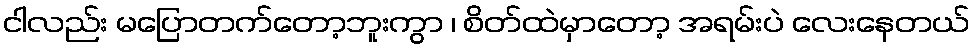
ငါလည်း မပြောတက်တော့ဘူးကွာ ၊ စိတ်ထဲမှာတော့ အရမ်းပဲ လေးနေတယ်